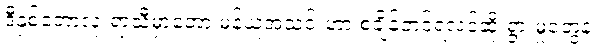
ဒီနှစ်ဘောလုံးရာသီမှာတော့ မန်ယူအသင်းဟာ စံချိန်တင်ရလဒ်ဆိုးရွားမှုတွေနဲ့